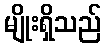
မျိုးရှိသည်